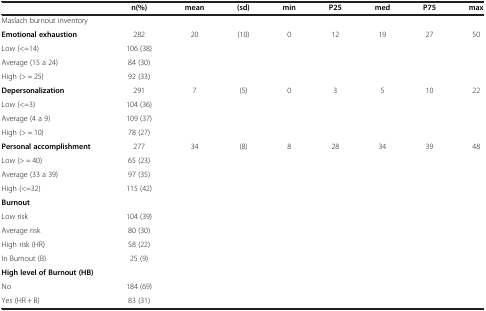
<table><thead><tr><td><b> </b></td><td><b>n(%)</b></td><td><b>mean</b></td><td><b>(sd)</b></td><td><b>min</b></td><td><b>P25</b></td><td><b>med</b></td><td><b>P75</b></td><td><b>max</b></td></tr></thead><tbody><tr><td>Maslach burnout inventory</td><td> </td><td> </td><td> </td><td> </td><td> </td><td> </td><td> </td><td> </td></tr><tr><td><b>Emotional exhaustion</b></td><td>282</td><td>20</td><td>(10)</td><td>0</td><td>12</td><td>19</td><td>27</td><td>50</td></tr><tr><td>Low (&lt;=14)</td><td>106 (38)</td><td> </td><td> </td><td> </td><td> </td><td> </td><td> </td><td> </td></tr><tr><td>Average (15 a 24)</td><td>84 (30)</td><td> </td><td> </td><td> </td><td> </td><td> </td><td> </td><td> </td></tr><tr><td>High (&gt; = 25)</td><td>92 (33)</td><td> </td><td> </td><td> </td><td> </td><td> </td><td> </td><td> </td></tr><tr><td><b>Depersonalization</b></td><td>291</td><td>7</td><td>(5)</td><td>0</td><td>3</td><td>5</td><td>10</td><td>22</td></tr><tr><td>Low (&lt;=3)</td><td>104 (36)</td><td> </td><td> </td><td> </td><td> </td><td> </td><td> </td><td> </td></tr><tr><td>Average (4 a 9)</td><td>109 (37)</td><td> </td><td> </td><td> </td><td> </td><td> </td><td> </td><td> </td></tr><tr><td>High (&gt; = 10)</td><td>78 (27)</td><td> </td><td> </td><td> </td><td> </td><td> </td><td> </td><td> </td></tr><tr><td><b>Personal accomplishment</b></td><td>277</td><td>34</td><td>(8)</td><td>8</td><td>28</td><td>34</td><td>39</td><td>48</td></tr><tr><td>Low (&gt; = 40)</td><td>65 (23)</td><td> </td><td> </td><td> </td><td> </td><td> </td><td> </td><td> </td></tr><tr><td>Average (33 a 39)</td><td>97 (35)</td><td> </td><td> </td><td> </td><td> </td><td> </td><td> </td><td> </td></tr><tr><td>High (&lt;=32)</td><td>115 (42)</td><td> </td><td> </td><td> </td><td> </td><td> </td><td> </td><td> </td></tr><tr><td><b>Burnout</b></td><td> </td><td> </td><td> </td><td> </td><td> </td><td> </td><td> </td><td> </td></tr><tr><td>Low risk</td><td>104 (39)</td><td> </td><td> </td><td> </td><td> </td><td> </td><td> </td><td> </td></tr><tr><td>Average risk</td><td>80 (30)</td><td> </td><td> </td><td> </td><td> </td><td> </td><td> </td><td> </td></tr><tr><td>High risk (HR)</td><td>58 (22)</td><td> </td><td> </td><td> </td><td> </td><td> </td><td> </td><td> </td></tr><tr><td>In Burnout (B)</td><td>25 (9)</td><td> </td><td> </td><td> </td><td> </td><td> </td><td> </td><td> </td></tr><tr><td><b>High level of Burnout (HB)</b></td><td> </td><td> </td><td> </td><td> </td><td> </td><td> </td><td> </td><td> </td></tr><tr><td>No</td><td>184 (69)</td><td> </td><td> </td><td> </td><td> </td><td> </td><td> </td><td> </td></tr><tr><td>Yes (HR + B)</td><td>83 (31)</td><td> </td><td> </td><td> </td><td> </td><td> </td><td> </td><td> </td></tr></tbody></table>